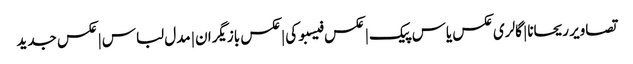
تصاویر ریحانا | گالری عکس یاس پیک | عکس فیسبوکی | عکس بازیگران | مدل لباس | عکس جدید